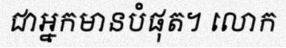
ជាអ្នកមានបំផុត។ លោក